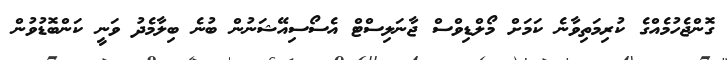
ގޮންޖެހުމެއްގެ ކުރިމަތިވާނެ ކަމަށް މޯލްޑިވްސް ޖާނަލިސްޓް އެސޯސިއޭޝަނުން ބުނެ ބިލާމެދު ވަނީ ކަންބޮޑުވުން